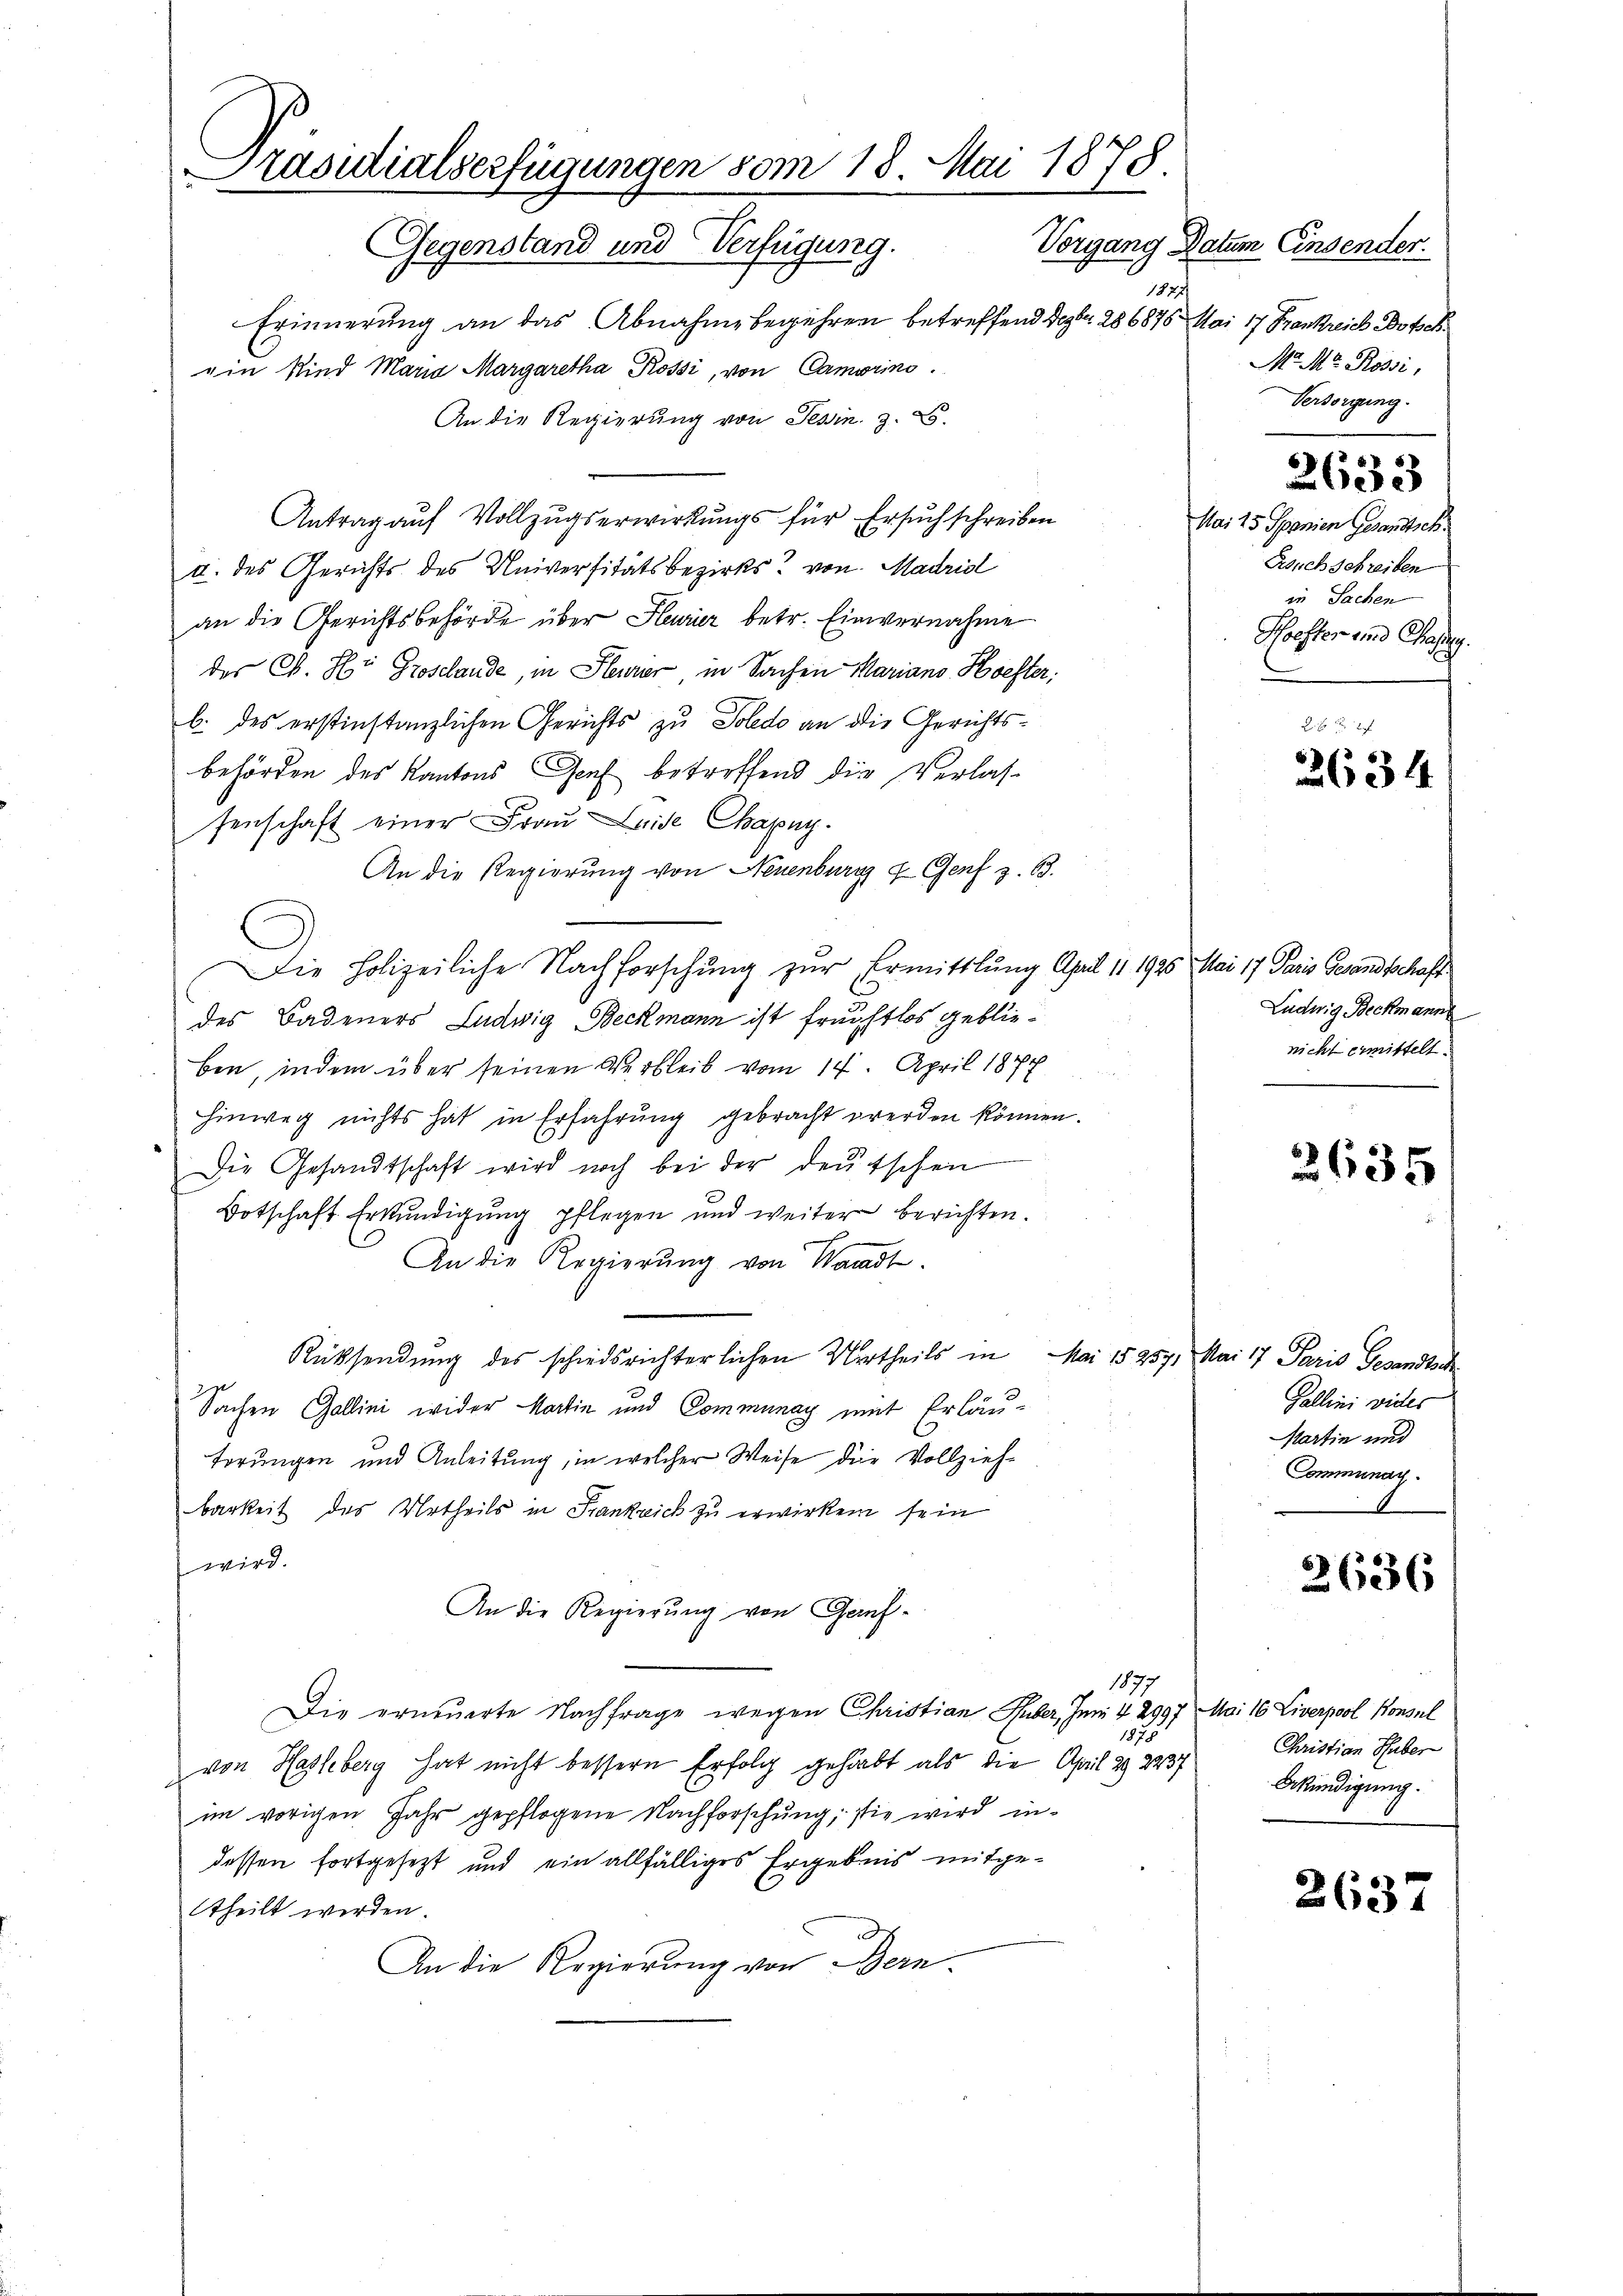
Präsidialserfügungen vom 18. Mai 1878.
Gegenstand und Verfügung. Vorgang Datum Einsender.

1847/
Erinnerung an das Abnahme begehren betreffend Dezbr. 286876. Mai 17 Frankreich Botsch
ein Kind Maria Margaretha Rossi, von Camerino.
An die Regierung von Tessin. Z. 25.
Antrag auf Vollzugserwirkungs für Ersuch schreiben
I. des Gerichts des Universitätsbezirks von Madriol
an die Gerichtsbehörde über Slavier betr. Einvernahme
der C. H. Groschande, in Heurer in Sachen Marians Hoester.
b. des erstinstanzlichen Gerichts zu Poledo an die Gerichtsbehörden des Kantons Genf betreffend die Verlassenschaft einer Frau Leide Chapuy.
An die Regierung von Neuenburg u. Genf z. B.
Die Polizeiliche Nachforschung zur Ermittlung April 11 1926. Mai 17 Paris Gesandtschaft
des Badeners Ludwig Beckmann ist freihtlos geblieben, indem über seinen Verbleib vom 14. April 1877
hinweg nichts hat in Erfahrung gebracht werden können.
Die Gesandtschaft wird noch bei der deutschen
Botschaft Erkŭndigŭng pflegen und weiter berichten.
.
An die Regierung von Waadt.
Rücksendung des schiedsrichterlichen Urtheils in Mai 15257. Mai 17 Paris Gesandtsch
Sachen Gallini wider Martin und Communay mit Erläutörungen und Anleitung, in welcher Weise die Vollzieh-
barkeit des Urtheils in Frankreich zu erwirken sein
wird.
An die Regierŭng von Gauf-
1877
Die erneuerte Nachfrage wegen Christian Suber, Juni 4 2997 Mai 16 Liverpool Konsul
1878
von Hasleberg hat nicht bessern Erfolg gehabt als die April 29. 2237
im vorigen Jahr gepflogene Nachforschung; sie wird in
dessen fortgesezt und ein allfälliges Ergebnis mitgettheilt werden.
An die Regierung von Bern.

M. Mr. Rossi,
Versorgung.

Mai 25 Spanien Gesandtsch
Bsuch schreiben
in Sachen
Schrifter und Chass.

2633

2 x 2
2634

Ludwig Beckmann
nicht ermittelt.

2635

Gallini wieder
Martin und
Communach

2636

Christian Huber
Bkündigung.

2637